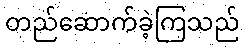
တည်ဆောက်ခဲ့ကြသည်